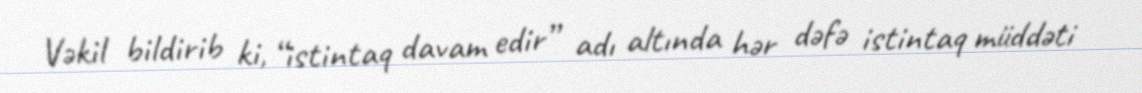
Vəkil bildirib ki, “istintaq davam edir” adı altında hər dəfə istintaq müddəti